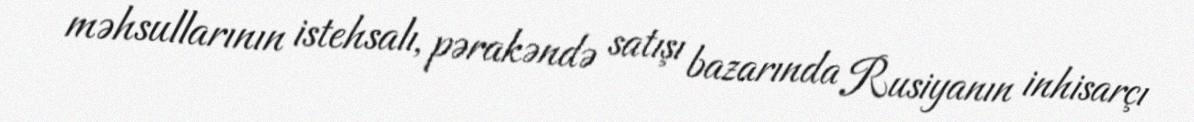
məhsullarının istehsalı, pərakəndə satışı bazarında Rusiyanın inhisarçı